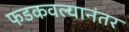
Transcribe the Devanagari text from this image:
फडकवल्यानंतर